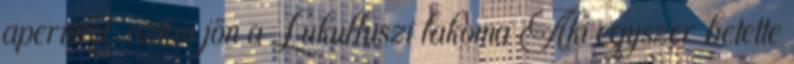
aperitifet, aztán jön a Lukulluszi lakoma Aki egyszer betette